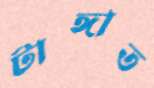
টাঙ্গাত